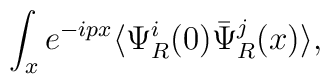
\int_x e^{-ipx}\langle\Psi^i_R(0)\bar\Psi^j_R(x)\rangle,